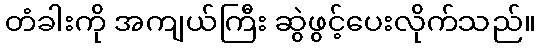
တံခါးကို အကျယ်ကြီး ဆွဲဖွင့်ပေးလိုက်သည်။